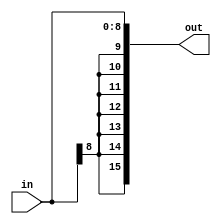
module sign_extender_9(in,out);

input [8:0] in;
output [15:0] out;

wire [8:0] in;
wire [15:0] out;

assign  out = {in[8],in[8],in[8],in[8],in[8],in[8],in[8],in[8:0]};

endmodule